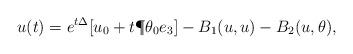
LaTeX: \begin{align*} u(t)=e^{t\Delta}[u_0+t\P\theta_0e_3]-B_1(u,u)-B_2(u,\theta),\end{align*}